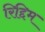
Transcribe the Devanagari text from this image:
रिद्दिम